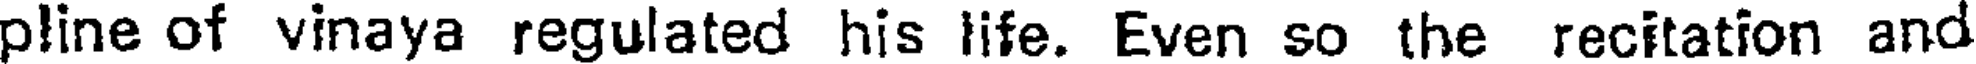
pline of vinaya regulated his life. Even so the recitation and